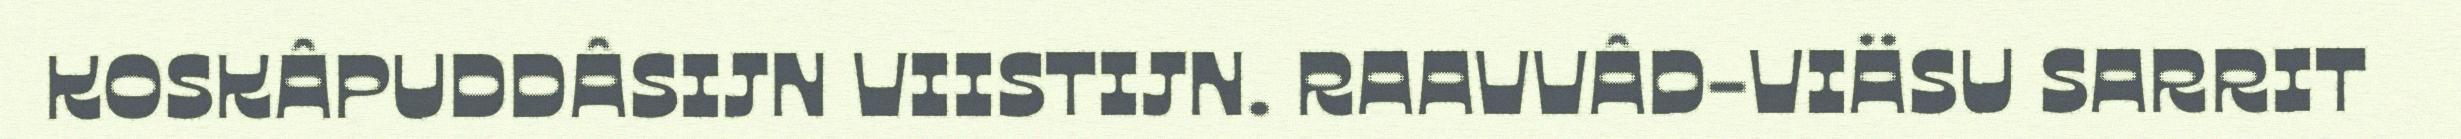
KOSKÂPUDDÂSIJN VIISTIJN. RAAVVÂD-VIÄSU SARRIT